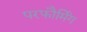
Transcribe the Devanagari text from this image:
परफौर्मिंग